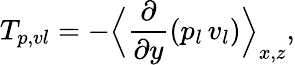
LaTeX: T_{p,vl}=-\Bigl\langle\frac{\partial}{\partial y}\left(p_{l}\, v_{l}\right)\Bigr\rangle_{x,z},